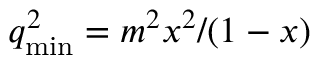
q _ { \mathrm { m i n } } ^ { 2 } = m ^ { 2 } x ^ { 2 } / ( 1 - x )